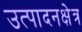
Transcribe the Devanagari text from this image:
उत्पादनक्षेत्र